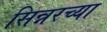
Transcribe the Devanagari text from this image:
सिन्नरच्या